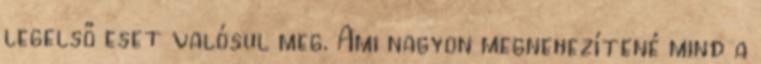
legelső eset valósul meg. Ami nagyon megnehezítené mind a